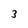
Character: 3